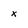
Character: x